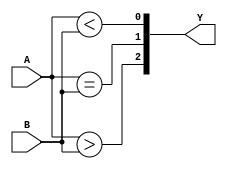
module EightbitMangnitudeComparator(Y,A,B);
  output [2:0] Y;
  input [7:0] A,B;
  wire [7:0] A,B;
  reg [2:0] Y;
  
  //always@(A or B or C)
  initial
  begin
    Y[2] =(A > B);
    Y[1] =(A == B);
    Y[0] =(A < B);
  end

  
endmodule